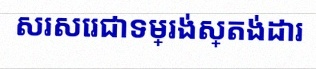
សរសេរជាទម្រង់ស្តង់ដារ